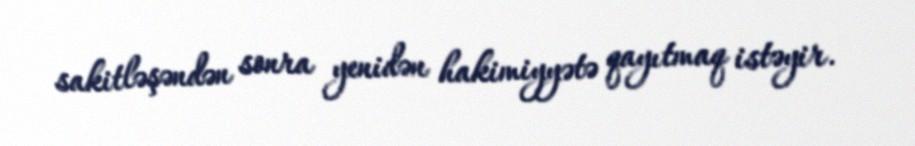
sakitləşəndən sonra yenidən hakimiyyətə qayıtmaq istəyir.